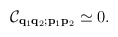
\begin{align*}{\cal C}_{{\bf q}_1 {\bf q}_2; {\bf p}_1 {\bf p}_2} \simeq 0 . \end{align*}